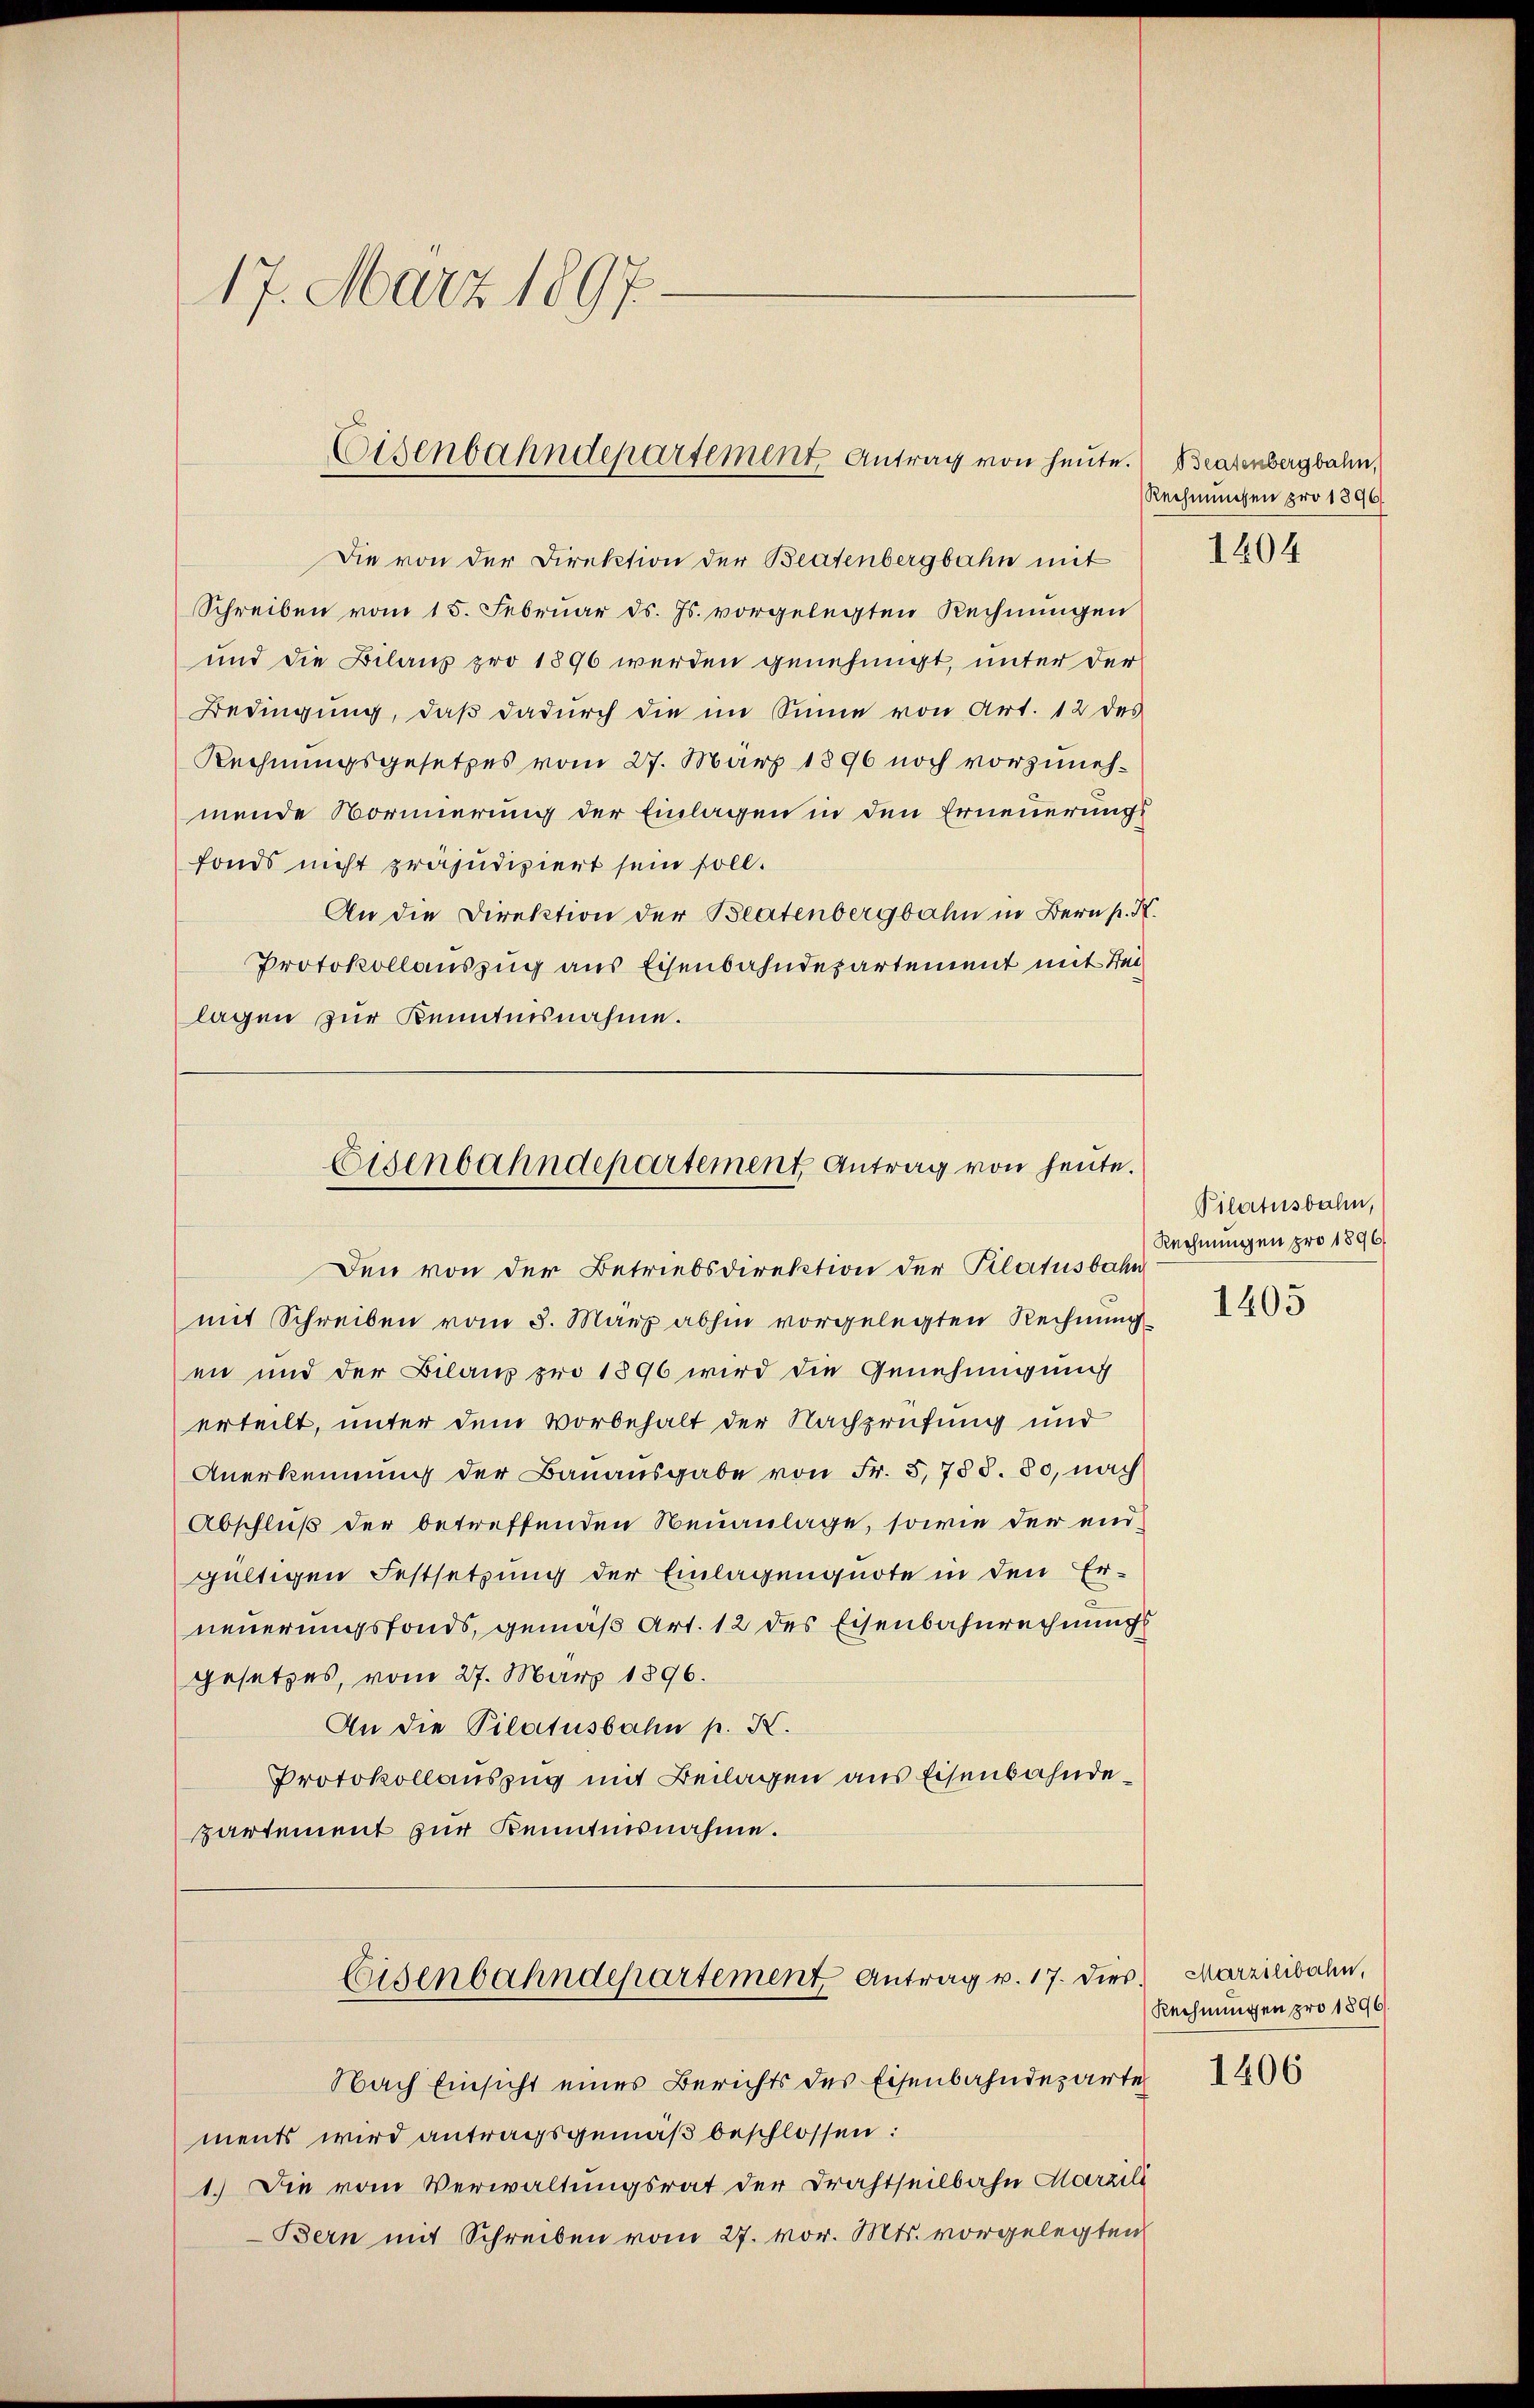
17. März 1897.

Die von der Direktion der Beatenbergbahn mit
Schreiben vom 15. Februar ds. Js. vorgelegten Rechnungen
und die Bilanz pro 1896 werden genehmigt, unter der
Bedingung, daß dadurch die im Sinne von Art. 12 des
Rechnungsgesetzes vom 27. März 1896 noch vorzunehmende Normierung der Einlagen in den Erneuerung
fonds nicht präjudiziert sein soll.
An die Direktion der Beartenbergbahn in Bern p. K.
Protokollauszug aus Eisenbahndepartement mit Beilagen zur Reminisnahme.

Eisenbahndepartement Antrag von heute.

Eisenbahndepartement Antrag von heute.
Den von der Betriebsdirektion der Pilatusbahn

Eisenbahndepartement Antrag v. 17. Dies

Nach Einsicht eines Berichts des Eisenbahndeparte
ments wird antragsgemäß beschlossen:
1.) Die vom Verwaltungsrat der Drahtseilbahn Marzill
Bern mit Schreiben vom 27. vor. Mts. vorgelegten

mit Schreiben vom 3. März abhin vorgelegten Rechnung
en und der Bilanz pro 1896 wird die Genehmigung
erteilt, unter dem Vorbehalt der Nachprüfung und
Anerkennung der Bauausgabe von Fr. 575 S. 80, nach
Abschluß der betreffenden Neuanlage, sowie der endgültigen Festsetzung der Einlagenquote in den Er-
neuerungsfonds, gemäß Art. 12 des Eisenbahnrechnungs
gesetzes, vom 27. März 1896.
An die Pilatusbahn p. X.
Protokollauszug mit Beilagen aus Eisenbahndepartement zur Kenntnisnahme.

Beatenbergbahn,
Rechnungen pro 1896
1804

Pilatusbahn,
Rechnungen pro 1896
1405

Marzilibahn,
Rechnungen pro 1896.

1406